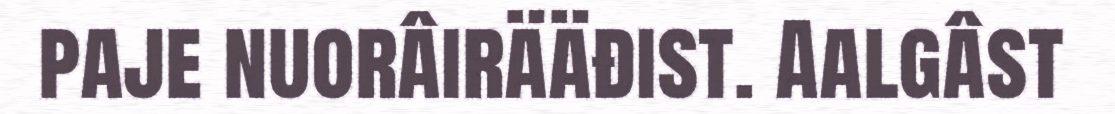
paje nuorâirääđist. Aalgâst